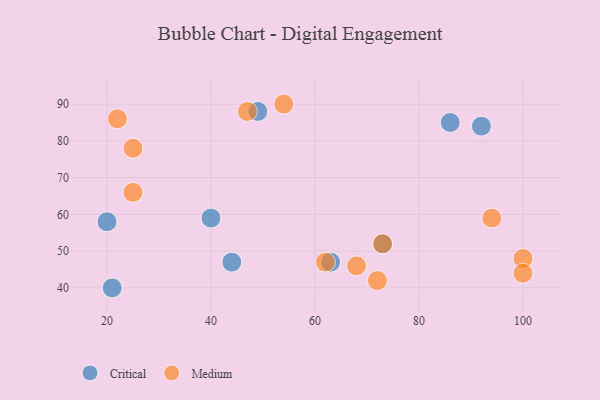
{"axis": {"x": "GDP", "y": "Life Expectancy"}, "legend": ["Critical", "Medium"], "data": [{"x": "73", "y": 52, "type": "Critical"}, {"x": "20", "y": 58, "type": "Critical"}, {"x": "44", "y": 47, "type": "Critical"}, {"x": "92", "y": 84, "type": "Critical"}, {"x": "21", "y": 40, "type": "Critical"}, {"x": "86", "y": 85, "type": "Critical"}, {"x": "49", "y": 88, "type": "Critical"}, {"x": "63", "y": 47, "type": "Critical"}, {"x": "40", "y": 59, "type": "Critical"}, {"x": "62", "y": 47, "type": "Medium"}, {"x": "47", "y": 88, "type": "Medium"}, {"x": "25", "y": 66, "type": "Medium"}, {"x": "54", "y": 90, "type": "Medium"}, {"x": "100", "y": 48, "type": "Medium"}, {"x": "73", "y": 52, "type": "Medium"}, {"x": "100", "y": 44, "type": "Medium"}, {"x": "94", "y": 59, "type": "Medium"}, {"x": "68", "y": 46, "type": "Medium"}, {"x": "25", "y": 78, "type": "Medium"}, {"x": "72", "y": 42, "type": "Medium"}, {"x": "22", "y": 86, "type": "Medium"}]}